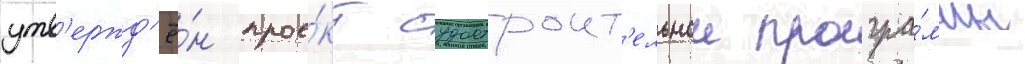
утв'ержд'ё́н прое́кт судостроит'ельнои програ́ммы